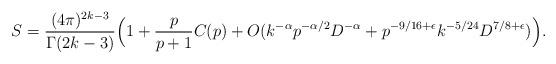
LaTeX: \begin{align*} S=\frac{(4\pi)^{2k-3}}{\Gamma(2k-3)}\Big(1+ \frac{p}{p+1}C(p)+ O( k^{-\alpha}p^{-\alpha/2}D^{-\alpha}+p^{-9/16+\epsilon} k^{-5/24} D^{7/8+\epsilon})\Big).\end{align*}